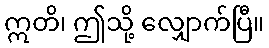
ဣတိ၊ ဤသို့ လျှောက်ပြီ။